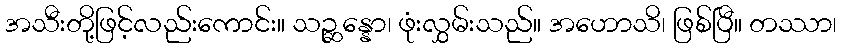
အသီးတို့ဖြင့်လည်းကောင်း။ သဉ္ဆန္နော၊ ဖုံးလွှမ်းသည်။ အဟောသိ၊ ဖြစ်ပြီ။ တဿာ၊